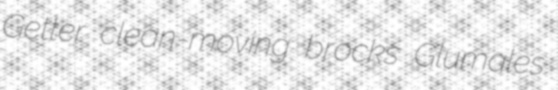
Getter clean-moving brocks Glumales